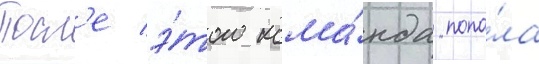
Посл'е э́того кома́нда попа́ла